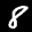
Label: 8